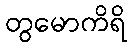
တွမောကိရိ